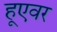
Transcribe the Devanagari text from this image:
हूएवर